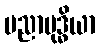
ပညာဗုဒ္ဓိယာ